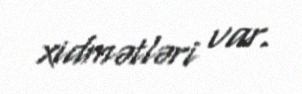
xidmətləri var.